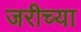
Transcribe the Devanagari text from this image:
जरीच्या